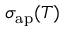
\sigma _ { \mathrm { a p } } ( T )